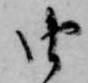
由